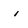
Character: i